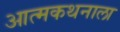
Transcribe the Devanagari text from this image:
आत्मकथनाला